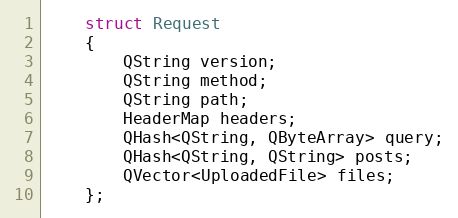
Language: C
    struct Request
    {
        QString version;
        QString method;
        QString path;
        HeaderMap headers;
        QHash<QString, QByteArray> query;
        QHash<QString, QString> posts;
        QVector<UploadedFile> files;
    };